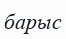
барыс